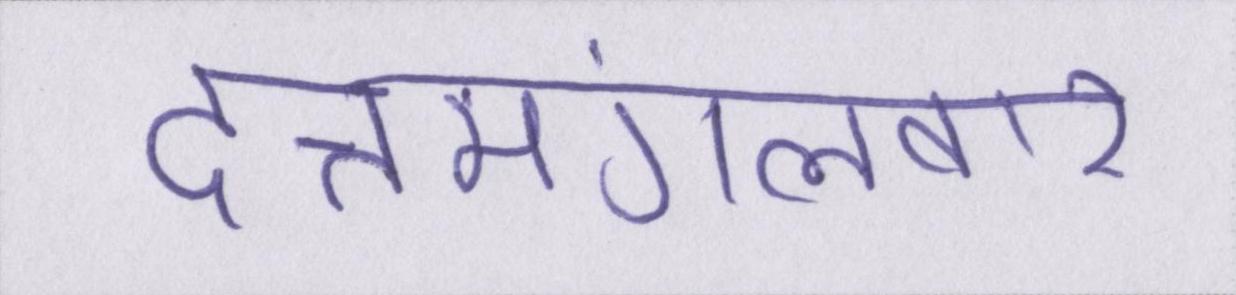
दत्तमंगलवार